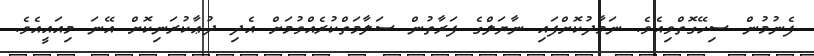
ފެނުމުން ސިހޭގޮތްވިއެވެ. ނަމާދުކޮށްފައި ނާޔަލްގެ ފަރާތުން ސަލާމަތްކުރެއްވުމަށް އެދި ދުޢާކުރަނިކޮށް އޭނަ މިއައީއެވެ.